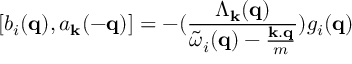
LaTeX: [ b _ { i } ( { \bf { q } } ) , a _ { { \bf { k } } } ( - { \bf { q } } ) ] = - ( \frac { \Lambda _ { { \bf { k } } } ( { \bf { q } } ) } { { \tilde { \omega } } _ { i } ( { \bf { q } } ) - \frac { { \bf { k . q } } } { m } } ) g _ { i } ( { \bf { q } } )